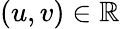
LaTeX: (u,v)\in\mathbb{R}